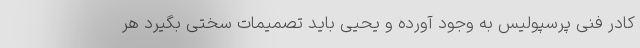
کادر فنی پرسپولیس به وجود آورده و یحیی باید تصمیمات سختی بگیرد هر